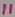
Text: 11